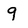
Character: 9